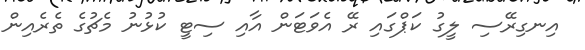
އިނގިރޭސި ލީގު ކަޕްގައި ރޭ އެވަޓަން އާއި ސިޓީ ކުޅުނު މެޗުގެ ތެރެއިން